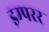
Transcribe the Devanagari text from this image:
इम्परर